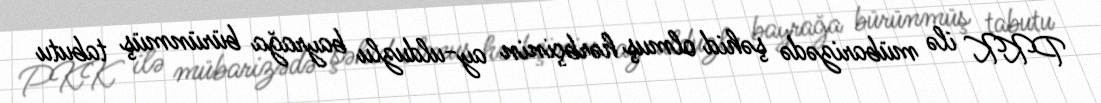
PKK ilə mübarizədə şəhid olmuş hərbçinin ay-ulduzlu bayrağa bürünmüş tabutu